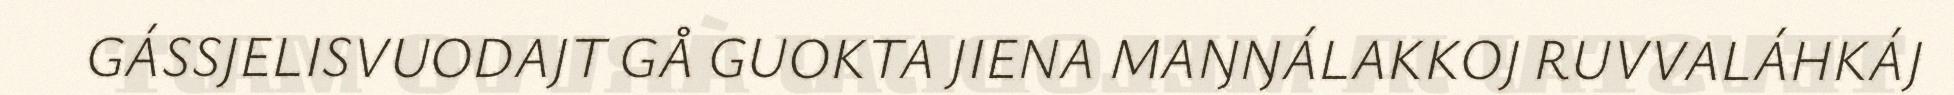
GÁSSJELISVUODAJT GÅ GUOKTA JIENA MAŊŊÁLAKKOJ RUVVALÁHKÁJ